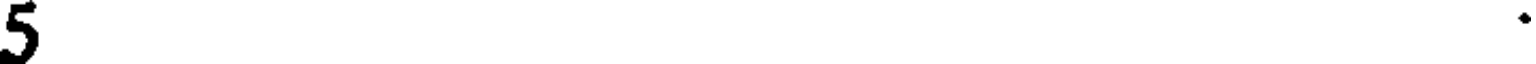
5